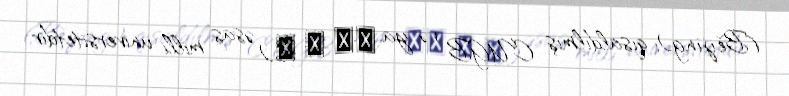
(Běijīng); qısaldılmış CUGB və ya 北京 地 大) əsas milli universitetdir.